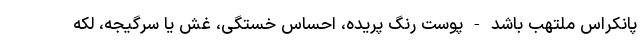
پانکراس ملتهب باشد - پوست رنگ پریده، احساس خستگی، غش یا سرگیجه، لکه